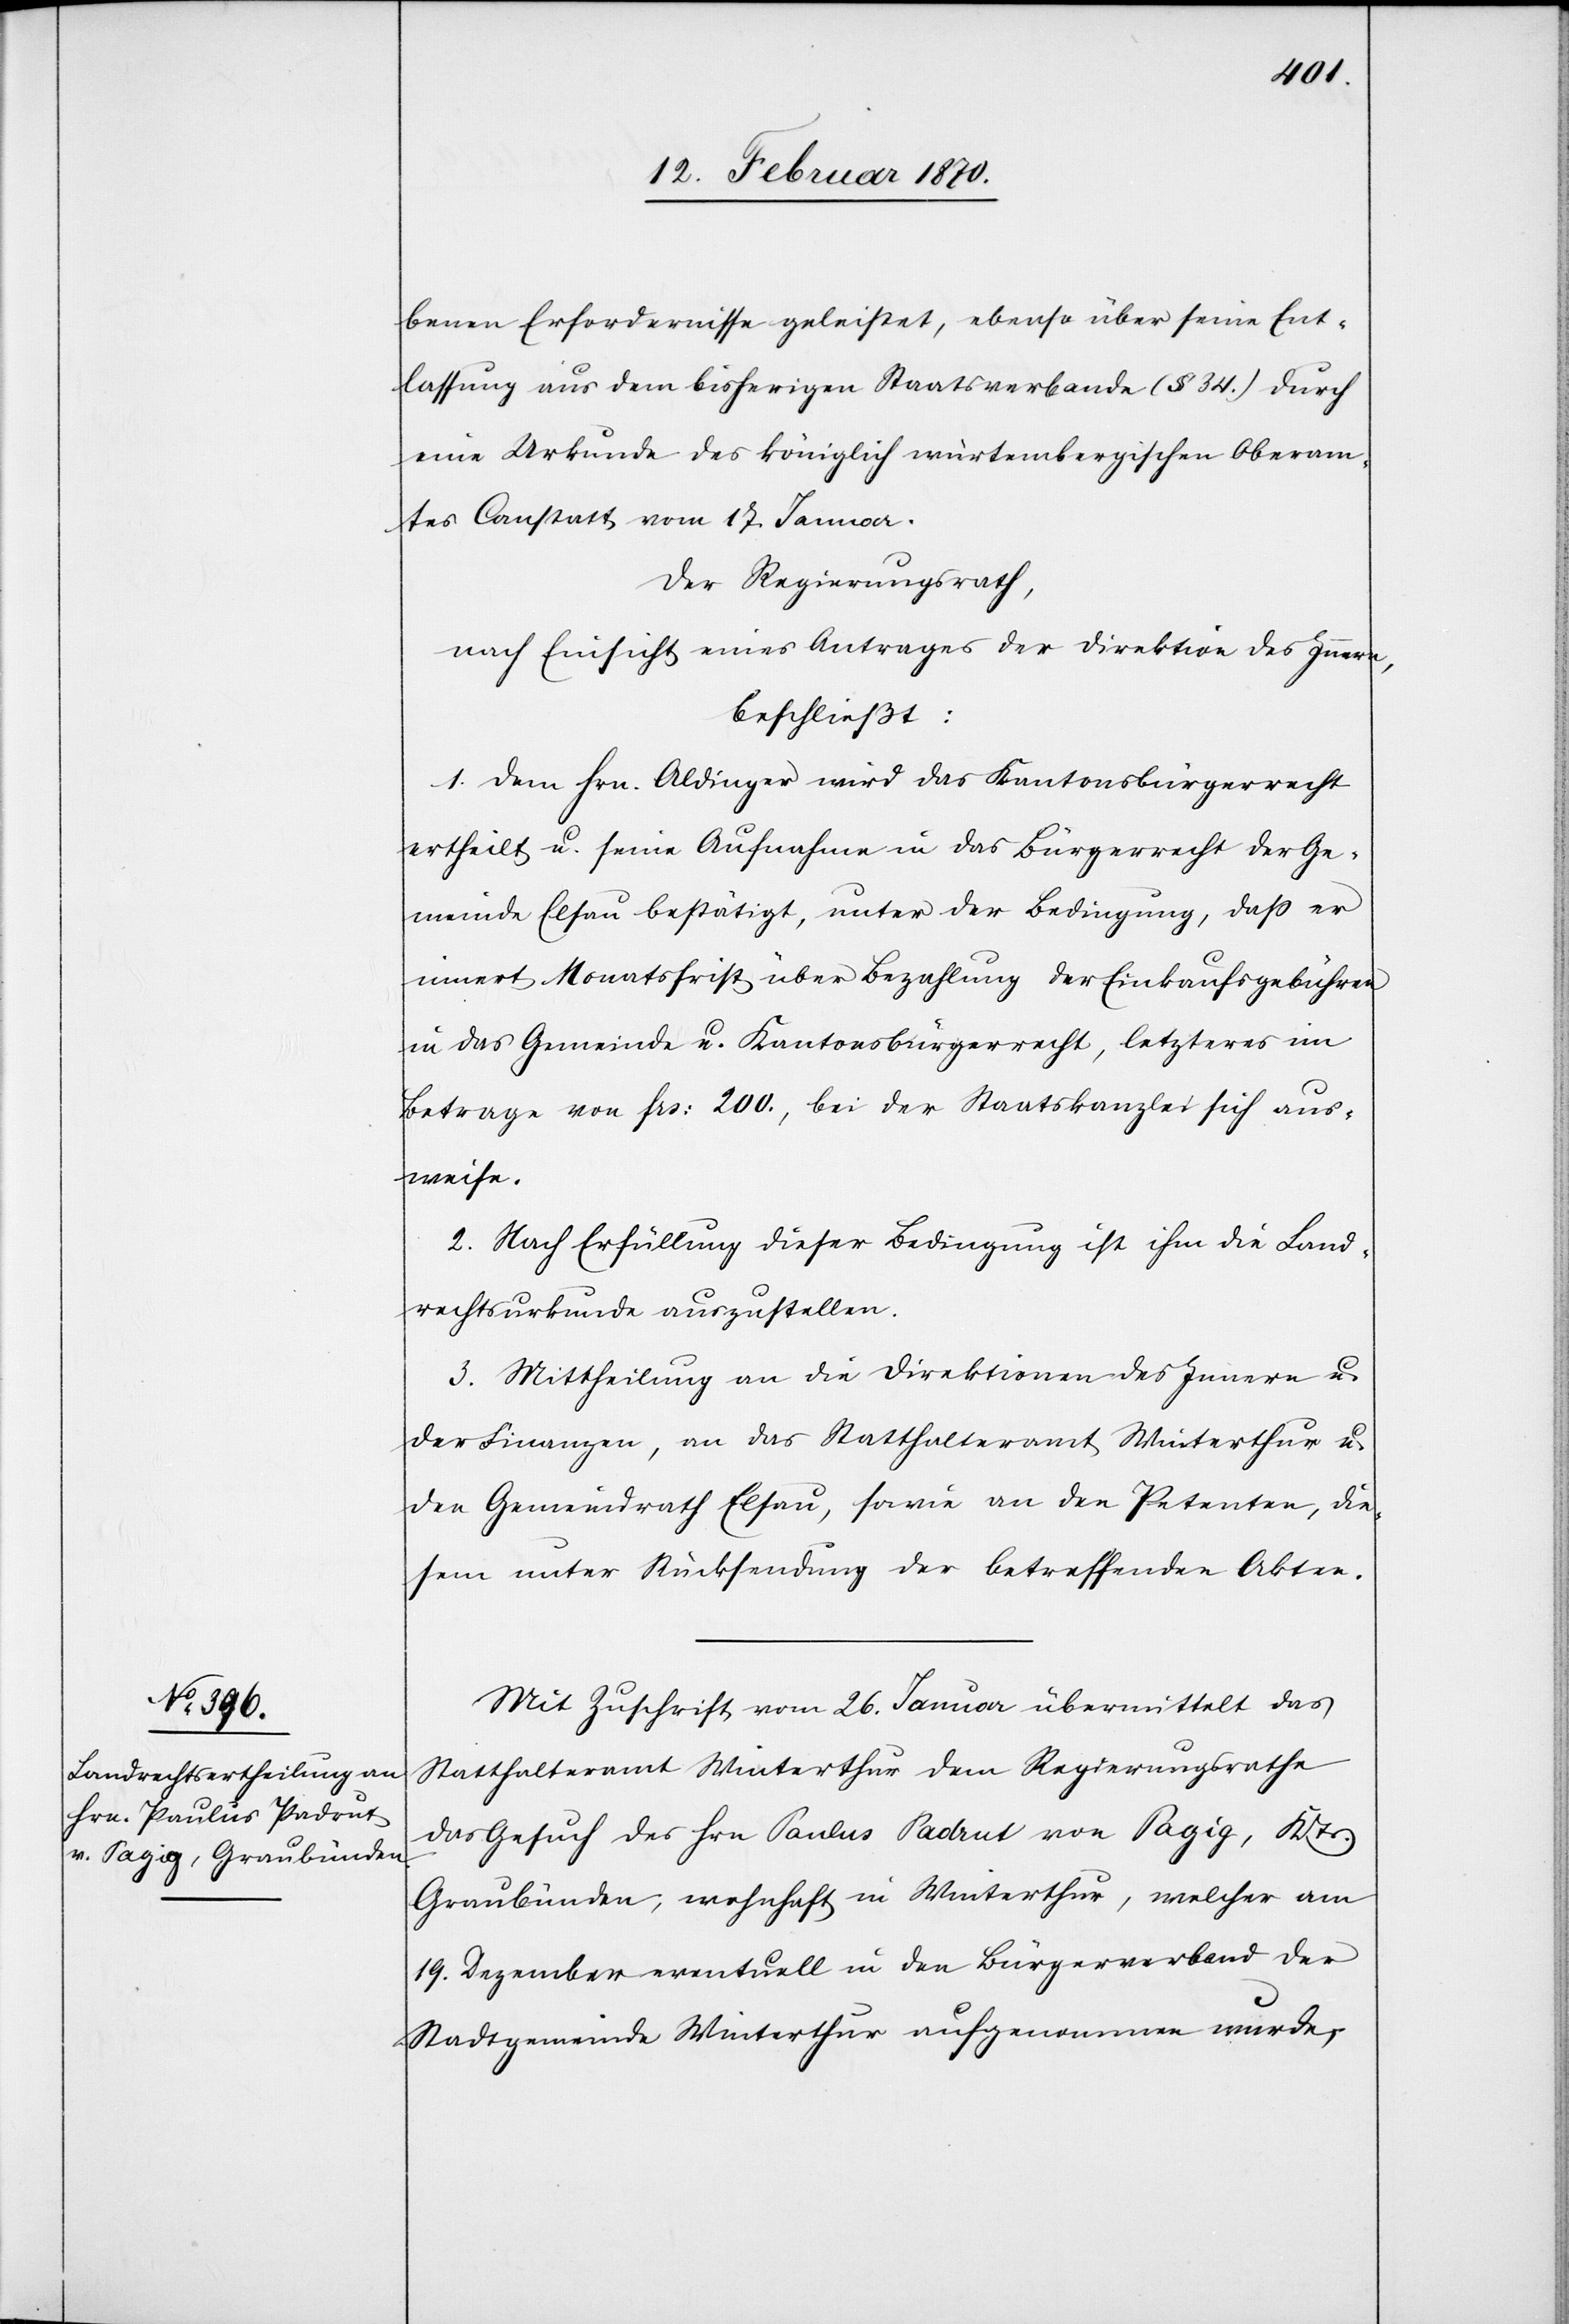
benen Erfordernisse geleistet, ebenso über seine Ent¬
lassung aus den bisherigen Staatsverbande (§ 34.) durch
eine Urkunde des königlich würtembergischen Oberam¬
tes Canstatt vom 17. Januar.
Der Regierungsrath,
nach Einsicht eines Antrages der Direktion des Innern,
beschließt:
1. Dem Hrn. Aldinger wird das Kantonsbürgerrecht
ertheilt u. seine Aufnahme in das Bürgerrecht der Ge¬
meinde Elsau bestätigt, unter der Bedingung, dass er
innert Monatsfrist über Bezahlung der Einkaufsgebühren
in das Gemeinde[-] u. Kantonsbürgerrecht, letzteres im
Betrage von frs: 200., bei der Staatskanzlei sich aus¬
weise.
2. Nach Erfüllung dieser Bedingung ist ihm die Land¬
rechtsurkunde auszustellen.
3. Mittheilung an die Direktionen des Innern u.
der Finanzen, an das Statthalteramt Winterthur u.
den Gemeindrath Elsau, sowie an den Petenten, die¬
sem unter Rücksendung der betreffenden Akten.
Mit Zuschrift vom 26. Januar übermittelt das
Statthalteramt Winterthur dem Regierungsrathe
das Gesuch des Hrn Paulus Padrut von Pagig, Kts.
Graubünden, wohnhaft in Winterthur, welcher am
19. Dezember eventuell in den Bürgerverband der
Stadtgemeinde Winterthur aufgenommen wurde,